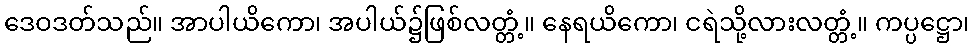
ဒေဝဒတ်သည်။ အာပါယိကော၊ အပါယ်၌ဖြစ်လတ္တံ့။ နေရယိကော၊ ငရဲသို့လားလတ္တံ့။ ကပ္ပဋ္ဌော၊